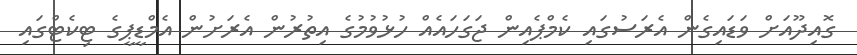
ގޮއިދޫއަށް ވަޑައިގެން އެރަސުގައި ކެމްޕެއިން ޖަގަހައެއް ހުޅުވުމުގެ އިތުރުން އެރަށުން އެމްޑީޕީގެ ޓިކެޓްގައި